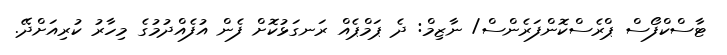
ޓާސްކްފޯސް ޕްރެސްކޮންފަރެންސް/ ނާޒިމް: ދެ ޕަމްޕެއް ރަނގަޅުކޮށް ފެން އުފެއްދުމުގެ މިހާރު ކުރިއަށްދޭ.